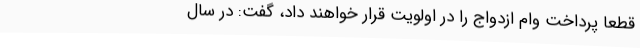
قطعاً پرداخت وام ازدواج را در اولویت قرار خواهند داد، گفت: در سال